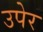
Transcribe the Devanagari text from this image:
उपेर